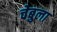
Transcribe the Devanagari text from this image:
चेबुला